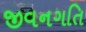
જીવનગતિ